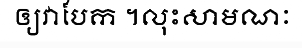
ឲ្យវាបែក ។លុះសាមណៈ